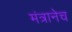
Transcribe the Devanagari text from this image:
मंत्रानेच